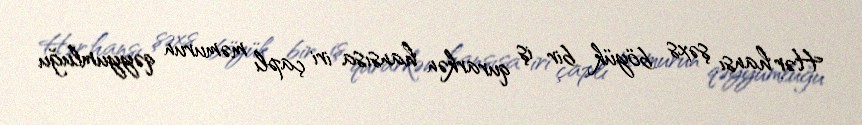
Hər hansı şəxs böyük bir iş qurarkən hansısa iri çaplı məmurun qəyyumluğu